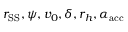
r _ { \mathrm { S S } } , \psi , v _ { 0 } , \delta , r _ { h } , \alpha _ { \mathrm { a c c } }